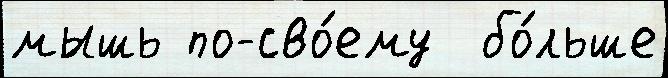
мышь по-сво́ему  бо́льше